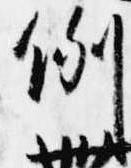
例